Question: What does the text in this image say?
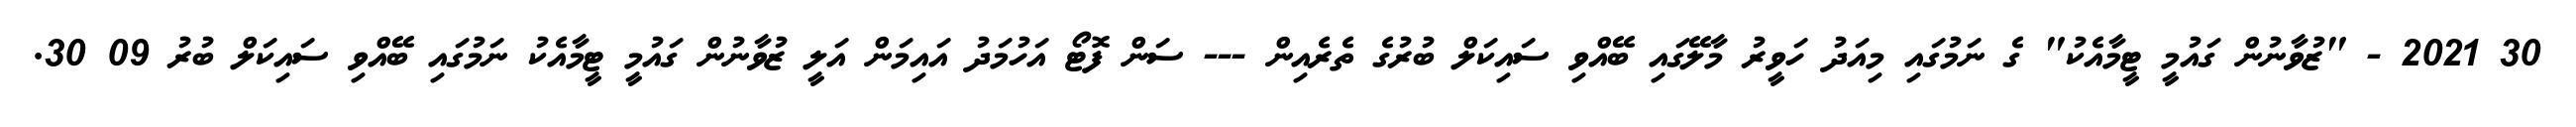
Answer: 30 2021 - "ޒުވާނުން ގައުމީ ޓީމާއެކު" ގެ ނަމުގައި މިއަދު ހަވީރު މާލޭގައި ބޭއްވި ސައިކަލް ބުރުގެ ތެރެއިން --- ސަން ފޮޓޯ އަހުމަދު އައިމަން އަލީ ޒުވާނުން ގައުމީ ޓީމާއެކު ނަމުގައި ބޭއްވި ސައިކަލް ބުރު 09 30.